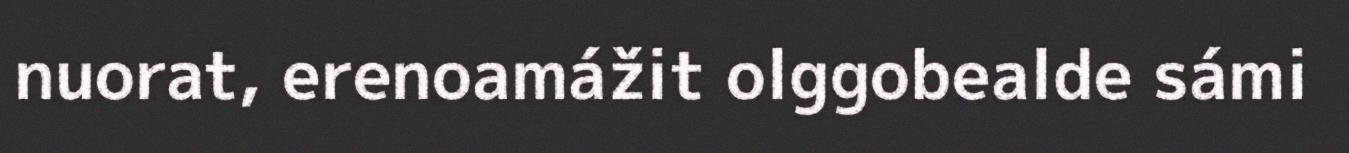
nuorat, erenoamážit olggobealde sámi